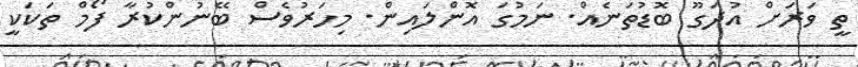
ތީ ވަރަށް އުދަގޫ ބޮޑުތަނެއް. ނަމުގަ އޮންލައިން. މިހަަރުވެސް ބޭނުންކުރާ ފޯމް ތަކަކީ